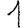
Digit: 1